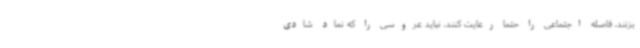
بزنند، فاصله اجتماعی را حتما رعایت کنند، نباید عروسی را که نماد شادی